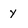
Character: y